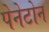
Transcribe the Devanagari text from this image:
पेनेटोन